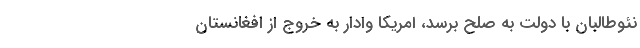
نئوطالبان با دولت به صلح برسد، امريكا وادار به خروج از افغانستان